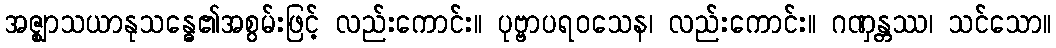
အဇ္ဈာသယာနုသန္ဓေ၏အစွမ်းဖြင့် လည်းကောင်း။ ပုဗ္ဗာပရဝသေန၊ လည်းကောင်း။ ဂဏှန္တဿ၊ သင်သော။